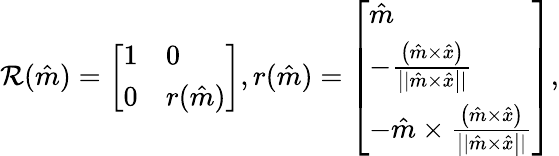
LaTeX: \mathcal{R}(\hat{{m}})=\left[\begin{array}{ll}{1}&{0}\\ {0}&{r(\hat{m})}\end{array}\right],r(\hat{{m}})=\left[\begin{array}{l}{\hat{m}}\\ {-\frac{\left(\hat{m}\times\hat{x}\right)}{\left||\hat{m}\times\hat{x}\right||}}\\ {-\hat{m}\times\frac{\left(\hat{m}\times\hat{x}\right)}{\left||\hat{m}\times\hat{x}\right||}}\end{array}\right],